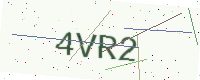
Text: 4VR2